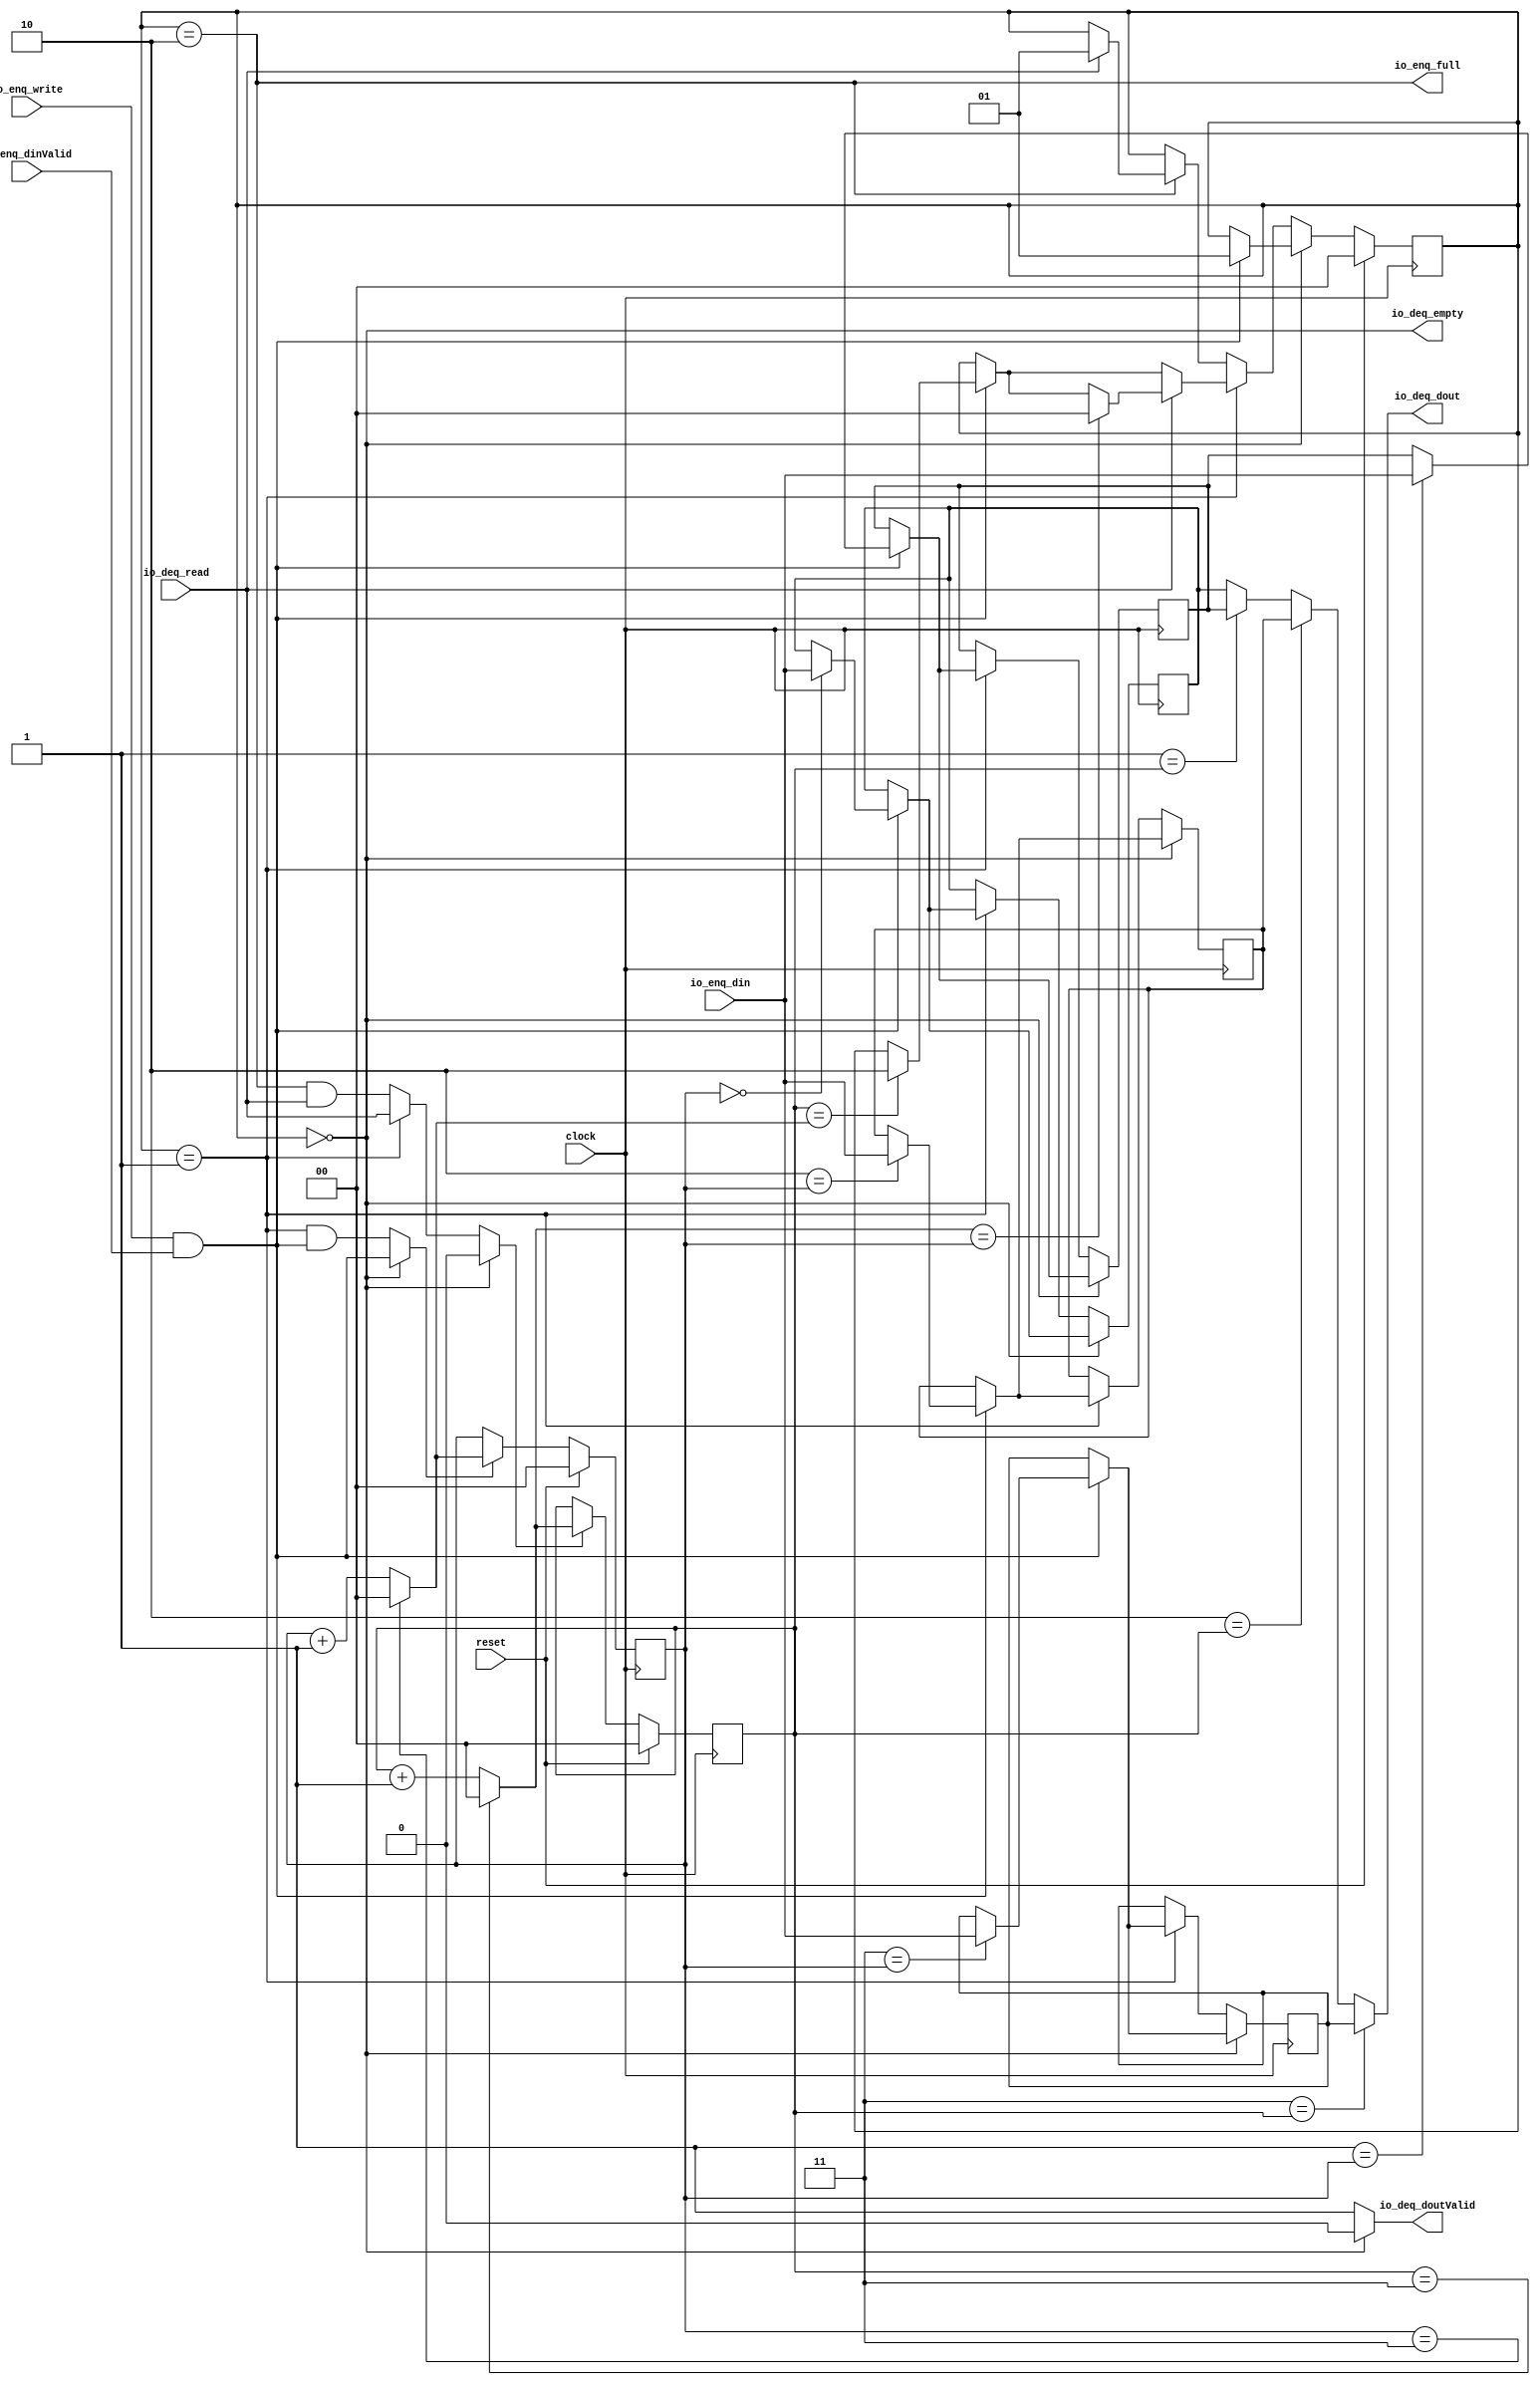
module CircularFifo(
  input        clock,
  input        reset,
  input        io_enq_write,
  output       io_enq_full,
  input  [7:0] io_enq_din,
  input        io_enq_dinValid,
  input        io_deq_read,
  output       io_deq_empty,
  output [7:0] io_deq_dout,
  output       io_deq_doutValid
);
`ifdef RANDOMIZE_REG_INIT
  reg [31:0] _RAND_0;
  reg [31:0] _RAND_1;
  reg [31:0] _RAND_2;
  reg [31:0] _RAND_3;
  reg [31:0] _RAND_4;
  reg [31:0] _RAND_5;
  reg [31:0] _RAND_6;
`endif // RANDOMIZE_REG_INIT
  reg [1:0] readPointer; // @[CircularFifo.scala 34:28]
  wire [2:0] _nextValue_T_1 = 3'h4 - 3'h1; // @[CircularFifo.scala 35:47]
  wire [2:0] _GEN_46 = {{1'd0}, readPointer}; // @[CircularFifo.scala 35:35]
  wire [1:0] _nextValue_T_4 = readPointer + 2'h1; // @[CircularFifo.scala 35:69]
  wire [1:0] nextReadPointer = _GEN_46 == _nextValue_T_1 ? 2'h0 : _nextValue_T_4; // @[CircularFifo.scala 35:24]
  reg [1:0] stateReg; // @[CircularFifo.scala 48:25]
  wire  _T = stateReg == 2'h0; // @[CircularFifo.scala 52:17]
  wire  _GEN_25 = stateReg == 2'h2 & io_deq_read; // @[CircularFifo.scala 78:35 84:14]
  wire  _GEN_34 = stateReg == 2'h1 ? io_deq_read : _GEN_25; // @[CircularFifo.scala 60:38]
  wire  readIncr = stateReg == 2'h0 ? 1'h0 : _GEN_34; // @[CircularFifo.scala 52:27 42:29]
  reg [1:0] writePointer; // @[CircularFifo.scala 34:28]
  wire [2:0] _GEN_47 = {{1'd0}, writePointer}; // @[CircularFifo.scala 35:35]
  wire [1:0] _nextValue_T_9 = writePointer + 2'h1; // @[CircularFifo.scala 35:69]
  wire [1:0] nextWritePointer = _GEN_47 == _nextValue_T_1 ? 2'h0 : _nextValue_T_9; // @[CircularFifo.scala 35:24]
  wire  _T_1 = io_enq_write & io_enq_dinValid; // @[CircularFifo.scala 54:23]
  wire  _GEN_33 = stateReg == 2'h1 & _T_1; // @[CircularFifo.scala 60:38]
  wire  writeIncr = stateReg == 2'h0 ? _T_1 : _GEN_33; // @[CircularFifo.scala 52:27]
  reg [7:0] storage_0; // @[CircularFifo.scala 50:20]
  reg [7:0] storage_1; // @[CircularFifo.scala 50:20]
  reg [7:0] storage_2; // @[CircularFifo.scala 50:20]
  reg [7:0] storage_3; // @[CircularFifo.scala 50:20]
  wire [7:0] _GEN_0 = 2'h0 == writePointer ? io_enq_din : storage_0; // @[CircularFifo.scala 50:20 56:{29,29}]
  wire [7:0] _GEN_1 = 2'h1 == writePointer ? io_enq_din : storage_1; // @[CircularFifo.scala 50:20 56:{29,29}]
  wire [7:0] _GEN_2 = 2'h2 == writePointer ? io_enq_din : storage_2; // @[CircularFifo.scala 50:20 56:{29,29}]
  wire [7:0] _GEN_3 = 2'h3 == writePointer ? io_enq_din : storage_3; // @[CircularFifo.scala 50:20 56:{29,29}]
  wire [7:0] _GEN_5 = io_enq_write & io_enq_dinValid ? _GEN_0 : storage_0; // @[CircularFifo.scala 50:20 54:42]
  wire [7:0] _GEN_6 = io_enq_write & io_enq_dinValid ? _GEN_1 : storage_1; // @[CircularFifo.scala 50:20 54:42]
  wire [7:0] _GEN_7 = io_enq_write & io_enq_dinValid ? _GEN_2 : storage_2; // @[CircularFifo.scala 50:20 54:42]
  wire [7:0] _GEN_8 = io_enq_write & io_enq_dinValid ? _GEN_3 : storage_3; // @[CircularFifo.scala 50:20 54:42]
  wire [1:0] _GEN_10 = readPointer == nextWritePointer ? 2'h2 : stateReg; // @[CircularFifo.scala 64:48 65:18 48:25]
  wire [1:0] _GEN_15 = _T_1 ? _GEN_10 : stateReg; // @[CircularFifo.scala 48:25 61:42]
  wire [1:0] _GEN_21 = nextReadPointer == writePointer ? 2'h0 : _GEN_15; // @[CircularFifo.scala 72:48 73:18]
  wire [1:0] _GEN_24 = io_deq_read ? 2'h1 : stateReg; // @[CircularFifo.scala 79:22 81:16 48:25]
  wire [7:0] _GEN_43 = 2'h1 == readPointer ? storage_1 : storage_0; // @[CircularFifo.scala 91:{15,15}]
  wire [7:0] _GEN_44 = 2'h2 == readPointer ? storage_2 : _GEN_43; // @[CircularFifo.scala 91:{15,15}]
  assign io_enq_full = stateReg == 2'h2; // @[CircularFifo.scala 89:28]
  assign io_deq_empty = stateReg == 2'h0; // @[CircularFifo.scala 90:29]
  assign io_deq_dout = 2'h3 == readPointer ? storage_3 : _GEN_44; // @[CircularFifo.scala 91:{15,15}]
  assign io_deq_doutValid = _T ? 1'h0 : 1'h1; // @[CircularFifo.scala 92:26]
  always @(posedge clock) begin
    if (reset) begin // @[CircularFifo.scala 34:28]
      readPointer <= 2'h0; // @[CircularFifo.scala 34:28]
    end else if (readIncr) begin // @[CircularFifo.scala 36:21]
      if (_GEN_46 == _nextValue_T_1) begin // @[CircularFifo.scala 35:24]
        readPointer <= 2'h0;
      end else begin
        readPointer <= _nextValue_T_4;
      end
    end
    if (reset) begin // @[CircularFifo.scala 48:25]
      stateReg <= 2'h0; // @[CircularFifo.scala 48:25]
    end else if (stateReg == 2'h0) begin // @[CircularFifo.scala 52:27]
      if (io_enq_write & io_enq_dinValid) begin // @[CircularFifo.scala 54:42]
        stateReg <= 2'h1; // @[CircularFifo.scala 55:16]
      end
    end else if (stateReg == 2'h1) begin // @[CircularFifo.scala 60:38]
      if (io_deq_read) begin // @[CircularFifo.scala 70:22]
        stateReg <= _GEN_21;
      end else begin
        stateReg <= _GEN_15;
      end
    end else if (stateReg == 2'h2) begin // @[CircularFifo.scala 78:35]
      stateReg <= _GEN_24;
    end
    if (reset) begin // @[CircularFifo.scala 34:28]
      writePointer <= 2'h0; // @[CircularFifo.scala 34:28]
    end else if (writeIncr) begin // @[CircularFifo.scala 36:21]
      if (_GEN_47 == _nextValue_T_1) begin // @[CircularFifo.scala 35:24]
        writePointer <= 2'h0;
      end else begin
        writePointer <= _nextValue_T_9;
      end
    end
    if (stateReg == 2'h0) begin // @[CircularFifo.scala 52:27]
      storage_0 <= _GEN_5;
    end else if (stateReg == 2'h1) begin // @[CircularFifo.scala 60:38]
      storage_0 <= _GEN_5;
    end
    if (stateReg == 2'h0) begin // @[CircularFifo.scala 52:27]
      storage_1 <= _GEN_6;
    end else if (stateReg == 2'h1) begin // @[CircularFifo.scala 60:38]
      storage_1 <= _GEN_6;
    end
    if (stateReg == 2'h0) begin // @[CircularFifo.scala 52:27]
      storage_2 <= _GEN_7;
    end else if (stateReg == 2'h1) begin // @[CircularFifo.scala 60:38]
      storage_2 <= _GEN_7;
    end
    if (stateReg == 2'h0) begin // @[CircularFifo.scala 52:27]
      storage_3 <= _GEN_8;
    end else if (stateReg == 2'h1) begin // @[CircularFifo.scala 60:38]
      storage_3 <= _GEN_8;
    end
  end
// Register and memory initialization
`ifdef RANDOMIZE_GARBAGE_ASSIGN
`define RANDOMIZE
`endif
`ifdef RANDOMIZE_INVALID_ASSIGN
`define RANDOMIZE
`endif
`ifdef RANDOMIZE_REG_INIT
`define RANDOMIZE
`endif
`ifdef RANDOMIZE_MEM_INIT
`define RANDOMIZE
`endif
`ifndef RANDOM
`define RANDOM $random
`endif
`ifdef RANDOMIZE_MEM_INIT
  integer initvar;
`endif
`ifndef SYNTHESIS
`ifdef FIRRTL_BEFORE_INITIAL
`FIRRTL_BEFORE_INITIAL
`endif
initial begin
  `ifdef RANDOMIZE
    `ifdef INIT_RANDOM
      `INIT_RANDOM
    `endif
    `ifndef VERILATOR
      `ifdef RANDOMIZE_DELAY
        #`RANDOMIZE_DELAY begin end
      `else
        #0.002 begin end
      `endif
    `endif
`ifdef RANDOMIZE_REG_INIT
  _RAND_0 = {1{`RANDOM}};
  readPointer = _RAND_0[1:0];
  _RAND_1 = {1{`RANDOM}};
  stateReg = _RAND_1[1:0];
  _RAND_2 = {1{`RANDOM}};
  writePointer = _RAND_2[1:0];
  _RAND_3 = {1{`RANDOM}};
  storage_0 = _RAND_3[7:0];
  _RAND_4 = {1{`RANDOM}};
  storage_1 = _RAND_4[7:0];
  _RAND_5 = {1{`RANDOM}};
  storage_2 = _RAND_5[7:0];
  _RAND_6 = {1{`RANDOM}};
  storage_3 = _RAND_6[7:0];
`endif // RANDOMIZE_REG_INIT
  `endif // RANDOMIZE
end // initial
`ifdef FIRRTL_AFTER_INITIAL
`FIRRTL_AFTER_INITIAL
`endif
`endif // SYNTHESIS
endmodule